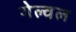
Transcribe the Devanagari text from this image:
गेल्वल